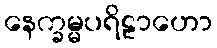
နေက္ခမ္မပရိဠာဟော